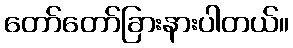
တော်တော်ခြားနားပါတယ်။